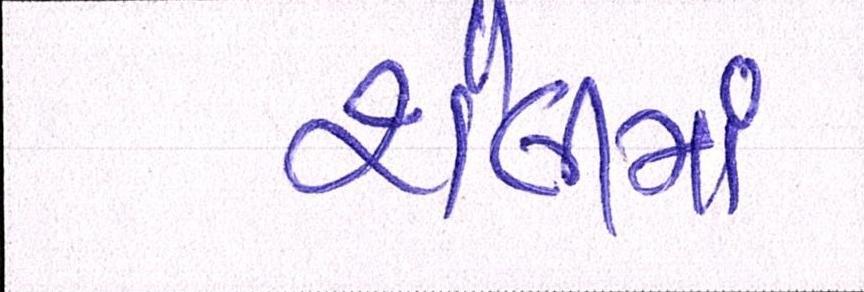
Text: શૈલીમાં